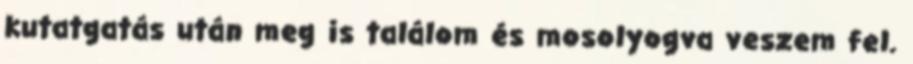
kutatgatás után meg is találom és mosolyogva veszem fel.